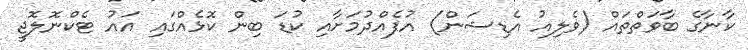
ކާނާގެ ބާވަތްތައް (ވެލިއު އެޑިޝަން) އުފެއްދުމަށާއި ކުޑަ ބިން ކޮޅެއްގައި އައު ޓެކްނޮލޮޖީ